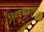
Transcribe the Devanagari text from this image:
निवडणुकांपुरतं